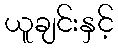
ယူချင်းနှင့်